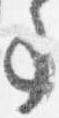
事